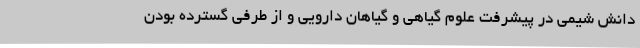
دانش شیمی در پیشرفت علوم گیاهی و گیاهان دارویی و از طرفی گسترده بودن